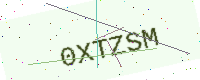
Text: 0XTZSM